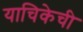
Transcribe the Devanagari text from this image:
याचिकेची